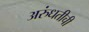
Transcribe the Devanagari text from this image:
अरुंधतीची